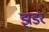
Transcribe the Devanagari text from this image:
झडर